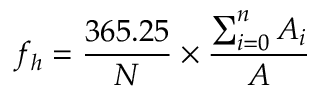
f _ { h } = \frac { 3 6 5 . 2 5 } { N } \times \frac { \sum _ { i = 0 } ^ { n } A _ { i } } { A }